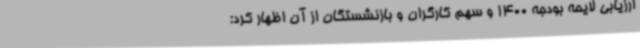
ارزیابی لایحه بودجه 1400 و سهم کارگران و بازنشستگان از آن اظهار کرد: